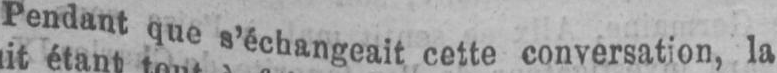
Pendant que s’échangeait cette conversation, la